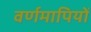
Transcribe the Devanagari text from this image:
वर्णमापियों